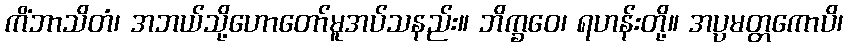
ကိံဘာသိတံ၊ အဘယ်သို့ဟောတော်မူအပ်သနည်း။ ဘိက္ခဝေ၊ ရဟန်းတို့။ အပ္ပမတ္တကောပိ၊